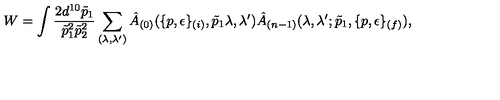
W = \int \frac { 2 d ^ { 1 0 } \tilde { p } _ { 1 } } { \tilde { p } _ { 1 } ^ { 2 } \tilde { p } _ { 2 } ^ { 2 } } \sum _ { ( \lambda , \lambda ^ { \prime } ) } \hat { A } _ { ( 0 ) } ( \{ p , \epsilon \} _ { ( i ) } , \tilde { p } _ { 1 } \lambda , \lambda ^ { \prime } ) \hat { A } _ { ( n - 1 ) } ( \lambda , \lambda ^ { \prime } ; \tilde { p } _ { 1 } , \{ p , \epsilon \} _ { ( f ) } ) ,